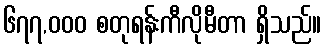
၆၇၇,၀၀၀ စတုရန်းကီလိုမီတာ ရှိသည်။